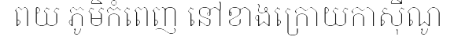
ពយ ភូមិកំពេញ នៅខាងក្រោយកាស៊ីណូ